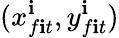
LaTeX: (x_{f\mathbf{i}t}^{\mathbf{i}},y_{f\mathbf{i}t}^{\mathbf{i}})